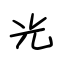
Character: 光